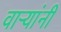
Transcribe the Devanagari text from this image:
वाऱ्यांनी